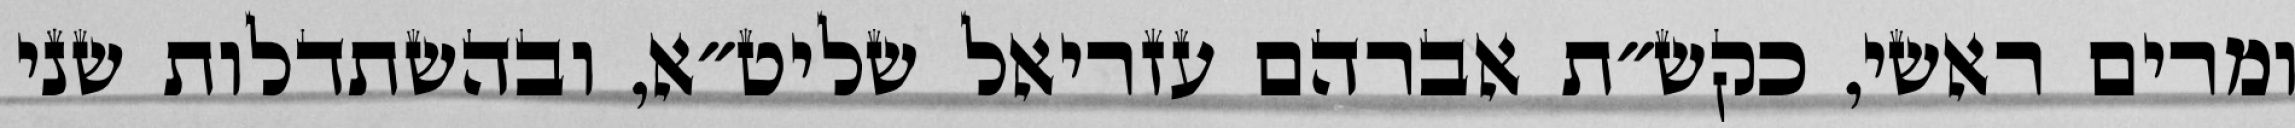
ומרים ראשי, כקש״ת אברהם עזריאל שליט״א, ובהשתדלות שני